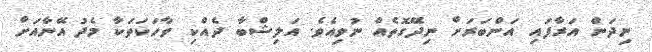
ނިދަން އަރާފައި އަންބަރަށް ނިދޭގޮތެއް ނުވިއެވެ. އަލިޝްބާ ދެއްކި ވާހަކަތަކާ މެދު އޭނާއަށް